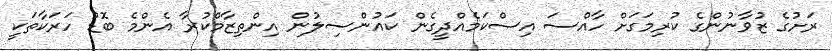
ރަށުގެ ޒުވާނުންގެ ކުރިމަގަށް ހާއްސަ އިސްކަމެއްދީގެން ކައުންސިލުން އިންތިޒާމްކުރާ އެންމެ ބޮޑު ހަރަކާތަކީ